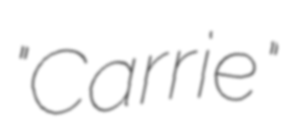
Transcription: "Carrie"